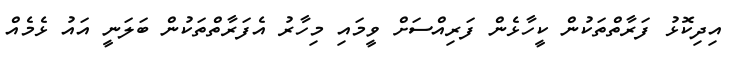
އިދިކޮޅު ފަރާތްތަކުން ކީހާޅެން ފަރިއްސަށް ވީމައި މިހާރު އެފަރާތްތަކުން ބަލަނީ އައު ޅެމެއް